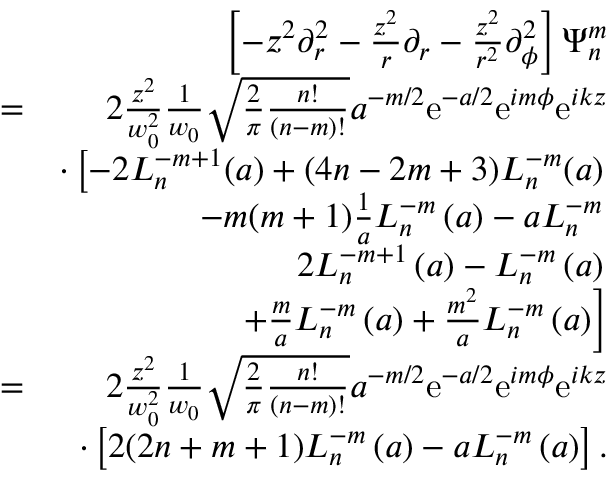
\begin{array} { r l r } & { } & { \left[ - z ^ { 2 } \partial _ { r } ^ { 2 } - \frac { z ^ { 2 } } { r } \partial _ { r } - \frac { z ^ { 2 } } { r ^ { 2 } } \partial _ { \phi } ^ { 2 } \right] \Psi _ { n } ^ { m } } \\ & { = } & { 2 \frac { z ^ { 2 } } { w _ { 0 } ^ { 2 } } \frac { 1 } { w _ { 0 } } \sqrt { \frac { 2 } { \pi } \frac { n ! } { ( n - m ) ! } } a ^ { - m / 2 } \mathrm { e } ^ { - a / 2 } \mathrm { e } ^ { i m \phi } \mathrm { e } ^ { i k z } } \\ & { } & { \cdot \left[ - 2 L _ { n } ^ { - m + 1 } ( a ) + ( 4 n - 2 m + 3 ) L _ { n } ^ { - m } ( a ) \right. } \\ & { } & { \left. - m ( m + 1 ) \frac { 1 } { a } L _ { n } ^ { - m } \left( a \right) - a L _ { n } ^ { - m } \right. } \\ & { } & { \left. 2 L _ { n } ^ { - m + 1 } \left( a \right) - L _ { n } ^ { - m } \left( a \right) \right. } \\ & { } & { \left. + \frac { m } { a } L _ { n } ^ { - m } \left( a \right) + \frac { m ^ { 2 } } { a } L _ { n } ^ { - m } \left( a \right) \right] } \\ & { = } & { 2 \frac { z ^ { 2 } } { w _ { 0 } ^ { 2 } } \frac { 1 } { w _ { 0 } } \sqrt { \frac { 2 } { \pi } \frac { n ! } { ( n - m ) ! } } a ^ { - m / 2 } \mathrm { e } ^ { - a / 2 } \mathrm { e } ^ { i m \phi } \mathrm { e } ^ { i k z } } \\ & { } & { \cdot \left[ 2 ( 2 n + m + 1 ) L _ { n } ^ { - m } \left( a \right) - a L _ { n } ^ { - m } \left( a \right) \right] . } \end{array}